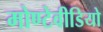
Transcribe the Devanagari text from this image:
मोण्टेवीडियो